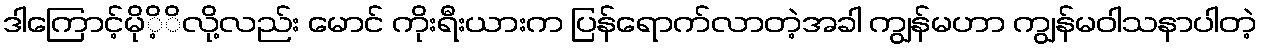
ဒါကြောင့်မိုိ့ိလို့လည်း မောင် ကိုးရီးယားက ပြန်ရောက်လာတဲ့အခါ ကျွန်မဟာ ကျွန်မဝါသနာပါတဲ့